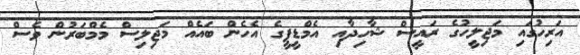
އަރިހުގައި މަޖިލީހުގެ ރައީސް ޝާހިދާއި އެމްޑީޕީގެ އެހެން ބައެއް މަޖިލިސް މެމްބަރުން ވެސް